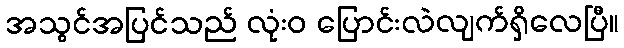
အသွင်အပြင်သည် လုံးဝ ပြောင်းလဲလျက်ရှိလေပြီ။